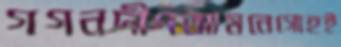
গগনদীপআমনেগোহই